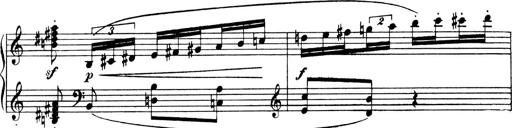
Title: 4 Sonatines
Composer: Max Reger